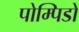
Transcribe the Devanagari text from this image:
पोम्पिडो